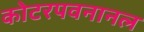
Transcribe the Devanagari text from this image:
कोटरपवनानल